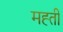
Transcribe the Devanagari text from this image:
मह्ती